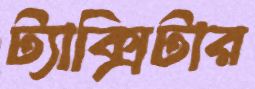
ট্যাক্সিটার